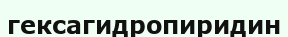
гексагидропиридин